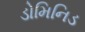
ડોમિનિડ